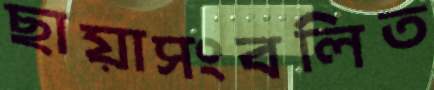
ছায়াসংবলিত